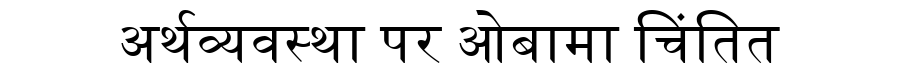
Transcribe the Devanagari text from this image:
अर्थव्यवस्था पर ओबामा चिंतित